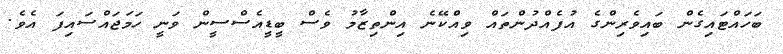
ބަހައްޓައިގެން ބައިވެރިންގެ އުފެއްދުންތައް ވިއްކޭނެ އިންތިޒާމު ވެސް ބީޑީއެސްސީން ވަނީ ހަމަޖައްސައިފަ އެވެ.